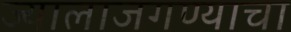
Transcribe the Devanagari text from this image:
ज्यालाजगण्याचा